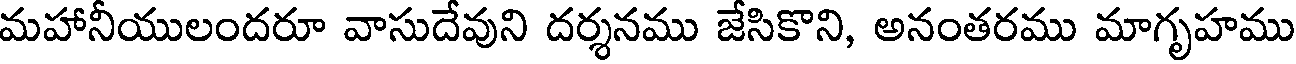
మహానీయులందరూ వాసుదేవుని దర్శనము జేసికొని, అనంతరము మాగృహము